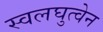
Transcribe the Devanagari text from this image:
स्वलघुत्वेन